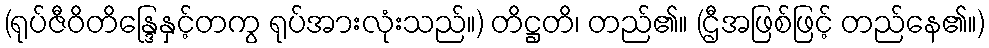
(ရုပ်ဇီဝိတိန္ဒြေနှင့်တကွ ရုပ်အားလုံးသည်။) တိဋ္ဌတိ၊ တည်၏။ (ဌီအဖြစ်ဖြင့် တည်နေ၏။)